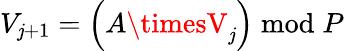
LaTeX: V_{\mathit{j}+1}=\left(A\timesV_{\mathit{j}}\right){\bmod{P}}